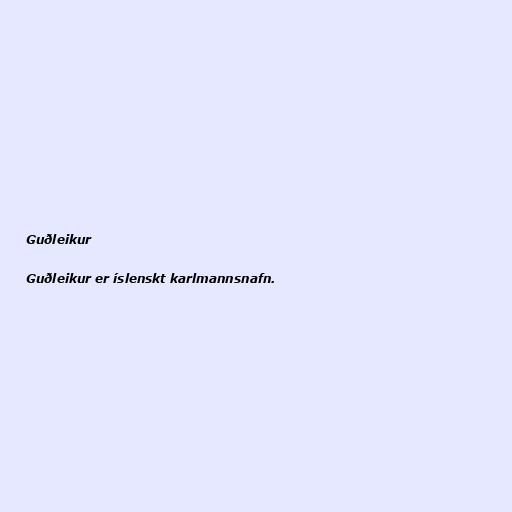
Guðleikur

Guðleikur er íslenskt karlmannsnafn.